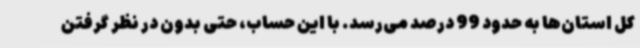
کل استان‌ها به حدود 99 درصد می‌رسد. با این حساب، حتی بدون در نظر گرفتن